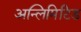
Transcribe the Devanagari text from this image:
अन्लिमिटिड